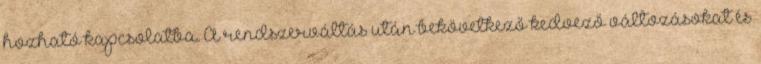
hozható kapcsolatba. A rendszerváltás után bekövetkező kedvező változásokat és